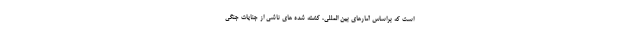
است که براساس آمارهای بین المللی، کشته شده های ناشی از جنایات جنگی